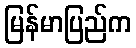
မြန်မာပြည်က